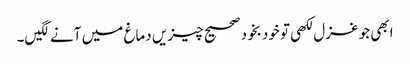
ابھی جو غزل لکھی تو خودبخود صحیح چیزیں دماغ میں آنے لگیں۔